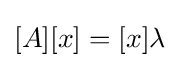
[A][x]=[x]\lambda